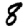
Digit: 8